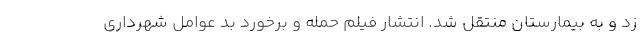
زد و به بیمارستان منتقل شد. انتشار فیلم حمله و برخورد بد عوامل شهرداری